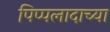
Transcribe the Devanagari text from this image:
पिप्पलादाच्या